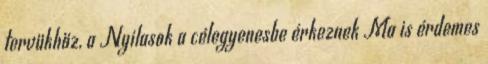
tervükhöz, a Nyilasok a célegyenesbe érkeznek Ma is érdemes